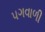
પગવાળી